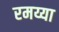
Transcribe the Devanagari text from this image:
रमय्या